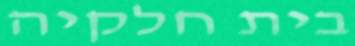
בית חלקיה